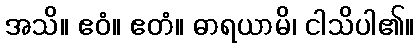
အသိ။ ဧဝံ။ ဧတံ။ ဓာရယာမိ၊ ငါသိပါ၏။